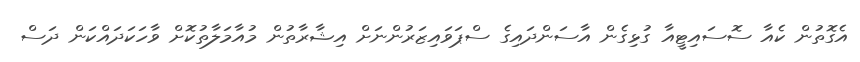
އެގޮތުން ކެއާ ސޮސައިޓީއާ ގުޅިގެން އާސަންދައިގެ ސްޕަވައިޒަރުންނަށް އިޝާރާތުން މުއާމަލާތުކޮށް ވާހަކަދައްކަން ދަސް